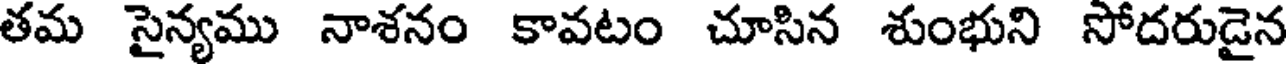
తమ సైన్యము నాశనం కావటం చూసిన శుంభుని సోదరుడైన